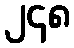
၂၄၈